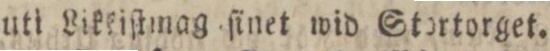
uti Likeiſtmag ſinet wid Stortorget.